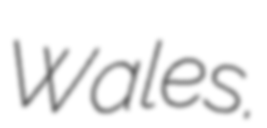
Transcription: Wales.